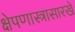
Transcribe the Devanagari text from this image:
क्षेपणास्त्रासारखे